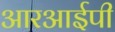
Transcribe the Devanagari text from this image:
आरआईपी